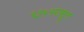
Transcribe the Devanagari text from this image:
१३५१पासून